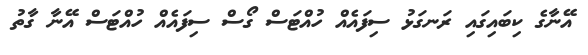
އޭނާގެ ކިބައިގައި ރަނގަޅު ސިފައެއް ހުއްޓަސް ގޯސް ސިފައެއް ހުއްޓަސް އޭނާ ގާތު